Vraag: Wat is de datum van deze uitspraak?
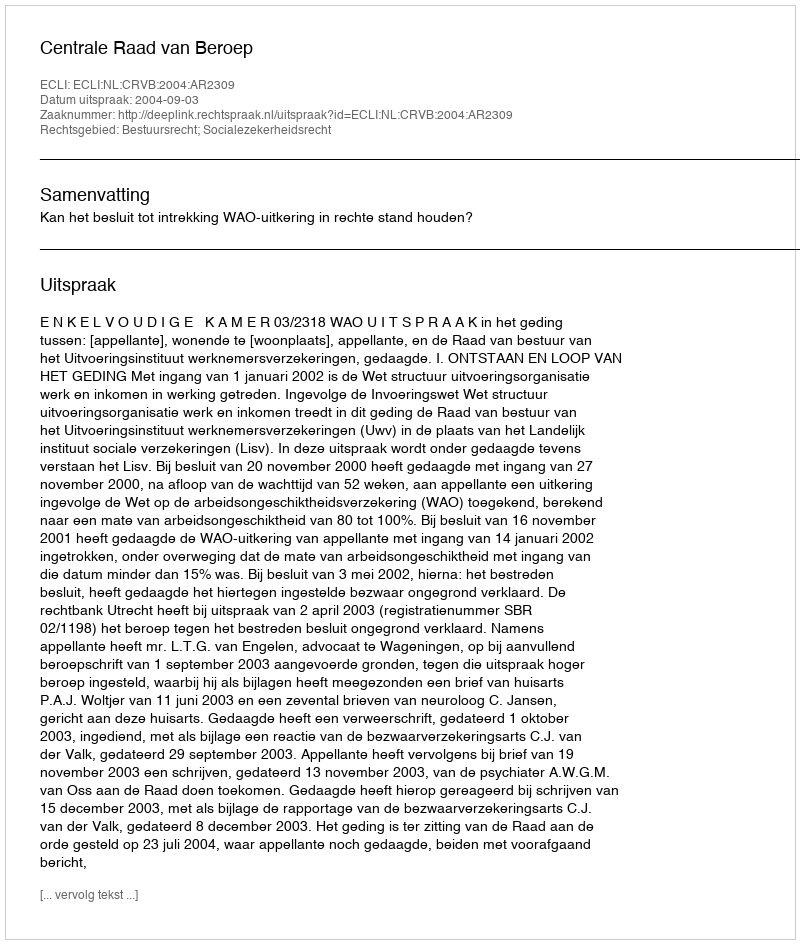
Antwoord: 2004-09-03